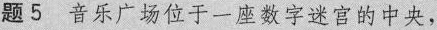
题5音乐广场位于一座数字迷宫的中央，